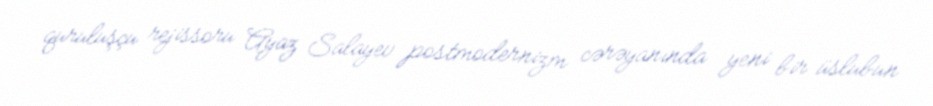
quruluşçu rejissoru Ayaz Salayev postmodernizm cərəyanında yeni bir üslubun